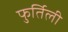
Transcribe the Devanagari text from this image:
फुर्तिली